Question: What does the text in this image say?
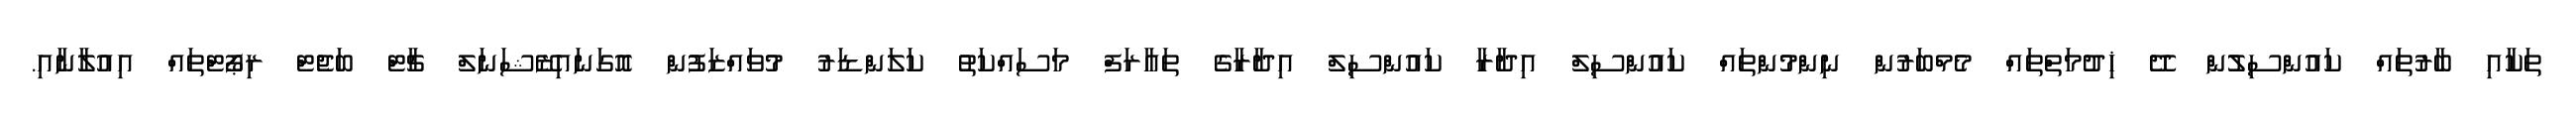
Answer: ތަކާއި ބާރުތައް ކައުންސިލުން ދޭ ޚިދުމަތްތައް މެމްބަރުން ނިންމުންތައް ކައުންސިލް އިދާރާ ކައުންސިލް އިދާރާގެ ތައާރަފް މަސައްކަތު ކަލަންޑަރު މުވައްޒަފުން އޮގަނައިޒޭޝަނަލް ޗާޓް ބަޖެޓް ރިޕޯޓްތައް އިއުލާނާއި.